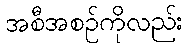
အစီအစဉ်ကိုလည်း